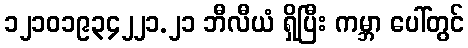
၁၂၁၀၁၉၃၄၂၂၁.၂၁ ဘီလီယံ ရှိပြီး ကမ္ဘာ ပေါ်တွင်